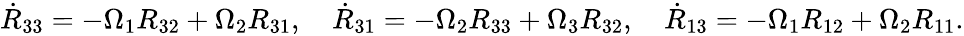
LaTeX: \begin{array}{r}{\dot{R}_{33}=-\Omega_{1}R_{32}+\Omega_{2}R_{31},\quad\dot{R}_{31}=-\Omega_{2}R_{33}+\Omega_{3}R_{32},\quad\dot{R}_{13}=-\Omega_{1}R_{12}+\Omega_{2}R_{11}.}\end{array}